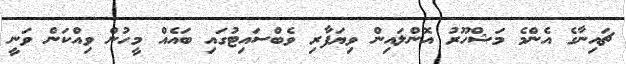
ޗައިނާގެ އެންމެ މަޝްހޫރު އޮންލައިން ވިޔަފާރި ވެބްސައިޓުގައި ބައެއް މީހުން ވިއްކަން ވަނީ